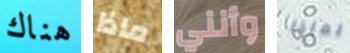
هناك ماذا وأنني لماذا